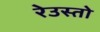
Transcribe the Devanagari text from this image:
रेउस्तो